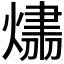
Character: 𤌛